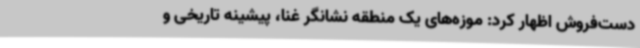
دست‌فروش اظهار کرد: موزه‌های یک منطقه نشانگر غنا، پیشینه تاریخی و